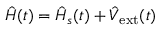
\hat { H } ( t ) = \hat { H } _ { s } ( t ) + \hat { V } _ { \mathrm { e x t } } ( t )